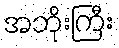
အဘိုးကြီး